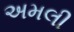
અમલી